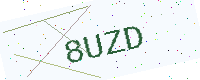
Text: 8UZD